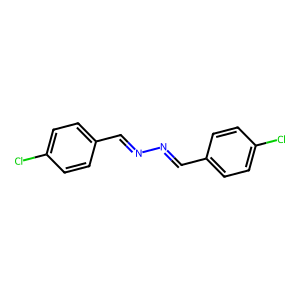
SMILES: Clc1ccc(C=NN=Cc2ccc(Cl)cc2)cc1
Inhibits HIV replication: No